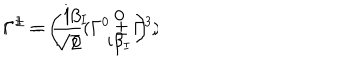
LaTeX: \Gamma ^ { \pm } = \frac { 1 } { \sqrt { 2 } } ( \Gamma ^ { 0 } \pm \Gamma ^ { 3 } ) \hspace { 7 m m } \Gamma ^ { I } = \left( \begin{array} { c c } { { \mathrm { i } \beta _ { I } } } & { { 0 } } \\ { { 0 } } & { { \mathrm { i } \beta _ { I } } } \\ \end{array} \right) ,